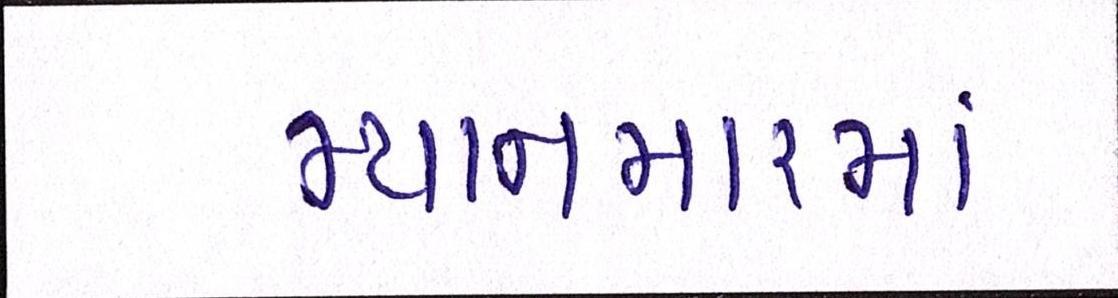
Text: મ્યાનમારમાં